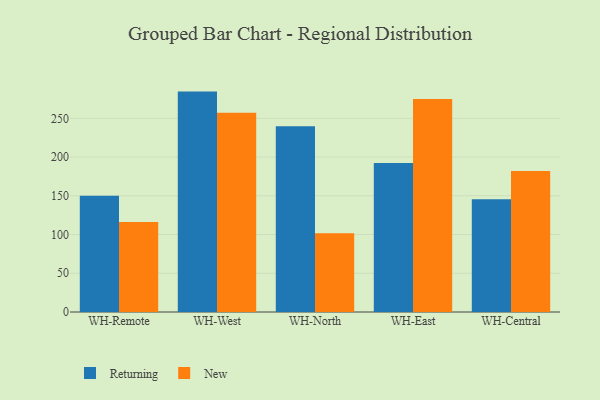
{"axis": {"x": "Warehouse", "y": "Latency (ms)"}, "legend": ["New", "Returning"], "data": [{"x": "WH-Remote", "y": 149.9, "type": "Returning"}, {"x": "WH-Remote", "y": 116.2, "type": "New"}, {"x": "WH-West", "y": 284.5, "type": "Returning"}, {"x": "WH-West", "y": 257.2, "type": "New"}, {"x": "WH-North", "y": 239.9, "type": "Returning"}, {"x": "WH-North", "y": 101.8, "type": "New"}, {"x": "WH-East", "y": 192.2, "type": "Returning"}, {"x": "WH-East", "y": 274.8, "type": "New"}, {"x": "WH-Central", "y": 145.7, "type": "Returning"}, {"x": "WH-Central", "y": 182.0, "type": "New"}]}